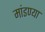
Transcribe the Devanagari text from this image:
मांडण्या